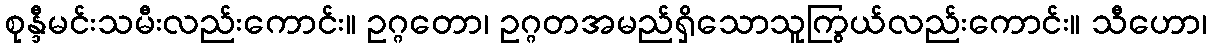
စုန္ဒီမင်းသမီးလည်းကောင်း။ ဥဂ္ဂတော၊ ဥဂ္ဂတအမည်ရှိသောသူကြွယ်လည်းကောင်း။ သီဟော၊